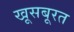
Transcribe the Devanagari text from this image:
खूसबूरत